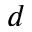
d